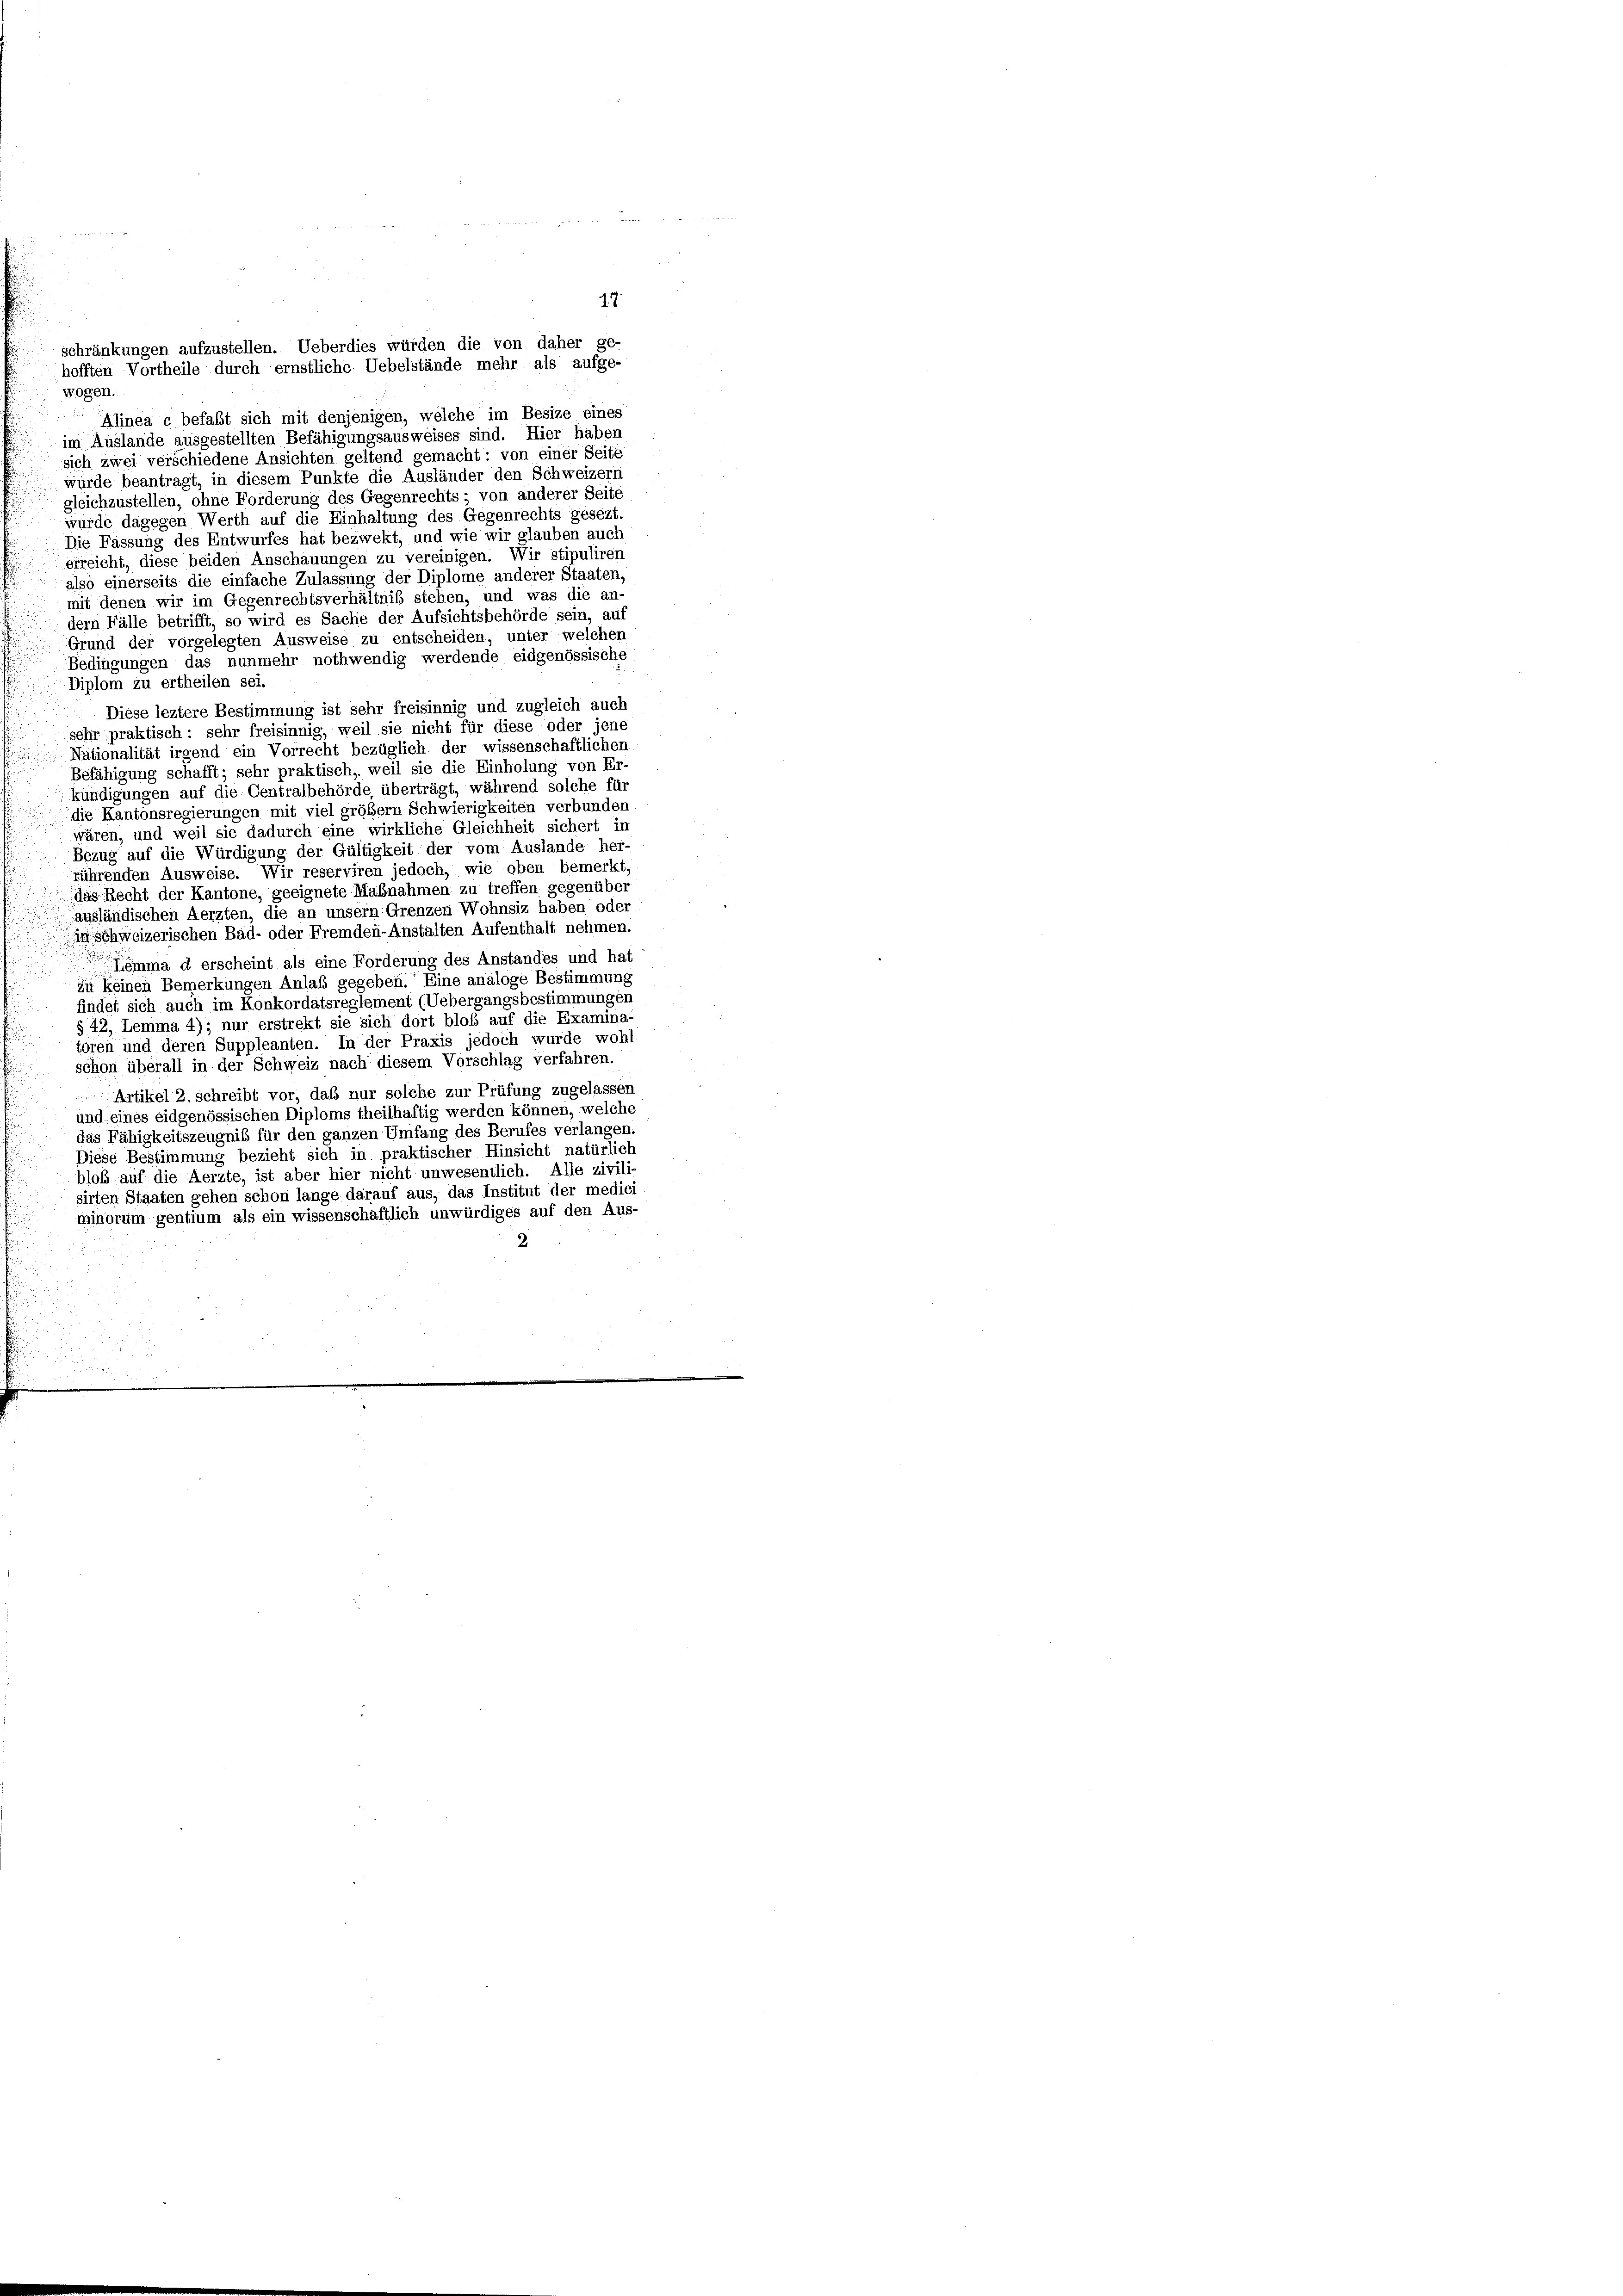
Alinea c befaßt sich mit denjenigen, welche im Besize eines
im Auslande ausgestellten Befähigungsausweises sind. Hier haben
sich zwei verschiedene Ansichten geltend gemacht: von einer Seite
würde beantragt, in diesem Punkte die Ausländer den Schweizern
gleichzustellen, ohne Forderung des Gegenrechts - von anderer Seite
wurde dagegen Werth auf die Einhaltung des Gegenrechts gesezt
Die Fassung des Entwurfes hat bezwekt, und wie wir glauben auch
erreicht, diese beiden Anschauungen zu vereinigen. Wir stipuliren
also einerseits die einfache Zulassung der Diplome anderer Staaten,
mit denen wir im Gegenrechtsverhältniß stehen, und was die an-
dern Fälle betrifft, so wird es Sache der Aufsichtsbehörde sein, auf
Grund der vorgelegten Ausweise zu entscheiden, unter welcher
Bedingungen das nunmehr nothwendig werdende eidgenössische
Diplom zu ertheilen sei.
Diese leztere Bestimmung ist sehr freisinnig und zugleich auch
sehr praktisch: sehr freisinnig, weil sie nicht für diese oder jene
Nationalität irgend ein Vorrecht bezüglich der wissenschaftlicher
Befähigung schafft; sehr praktisch, weil sie die Einholung von Er-
kündigungen auf die Centralbehörde überträgt, während solche für
die Kantonsregierungen mit viel größem Schwierigkeiten verbunden
wären, und weil sie dadurch eine wirkliche Gleichheit sichert in
Bezug auf die Würdigung der Gültigkeit der vom Auslande her-
führenden Ausweise. Wir reserviren jedoch, wie oben bemerkt
das Recht der Kantone, geeignete Mabnahmen zu treffen gegenüber
ausländischen Aerzten, die an unsern Grenzen Wohnsiz haben oder
inschweizerischen Bad- oder Fremden-Anstalten Aufenthalt nehmen.
Lemma d erscheint als eine Forderung des Anstandes und hat
zu keinen Bemerkungen Anlaß gegeben. Eine analoge Bestimmung
findet sich auch im Konkordatsreglement (Uebergangsbestimmungen
§ 42, Lemma 4); nur erstrekt sie sich dort bloß auf die Examina-
toren und deren Suppleanten. In der Praxis jedoch wurde wohl
schon überall in der Schweiz nach diesem Vorschlag verfahren.
Artikel 2. schreibt vor, das nur solche zur Prüfung zugelassen
und eines eidgenössischen Diploms theilhaftig werden können, welche
das Fähigkeitszeugniß für den ganzen Umfang des Berufes verlangen.
Diese Bestimmung bezieht sich in praktischer Hinsicht natürlich
bloß auf die Aerzte, ist aber hier nicht unwesentlich. Alle zivili-
sirten Staaten gehen schon lange darauf aus, das Institut der medici
minorum gentium als ein wissenschaftlich unwürdiges auf den Aus-
.

wogen.

schränkungen aufzustellen. Ueberdies würden die von daher ge-
hofften Vortheile durch ernstliche Uebelstände mehr als aufge-

17.